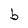
Character: b